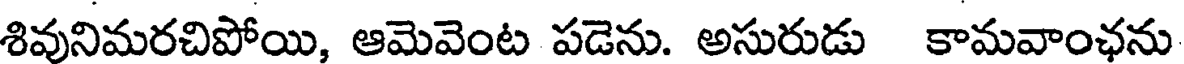
శివునిమరచిపోయి, ఆమెవెంట పడెను. అసురుడు కామవాంఛను